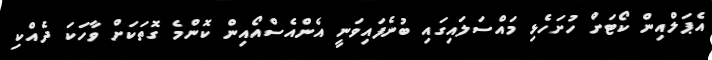
އެޕަލްއިން ކޯޓަށް ހުށަހެޅި މައްސަލައިގައި ބުނެފައިވަނީ އެންއެސްއޯއިން ކޮންމެ ގޮތަކަށް ވާހަކަ ދެއްކި